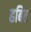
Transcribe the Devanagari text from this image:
हबित